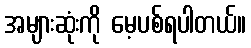
အများဆုံးကို မေ့ပစ်ရပါတယ်။